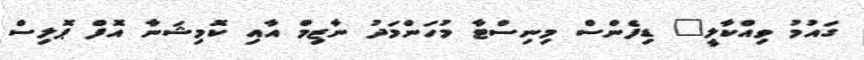
ގައުމު ވިއްކާލީ" ޑިފެންސް މިނިސްޓާ މުހަންމަދު ނާޒިމް އާއި ކޮމިޝަނާ އޮފް ޕޮލިސް